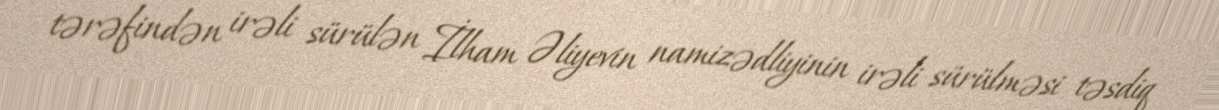
tərəfindən irəli sürülən İlham Əliyevin namizədliyinin irəli sürülməsi təsdiq